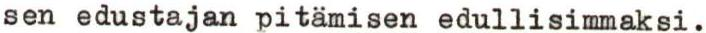
sen edustajan pitämisen edullisimmaksi.